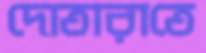
দোতারাতে